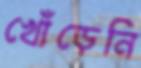
খোঁড়েনি